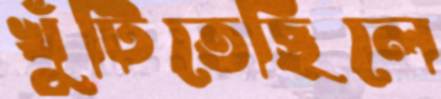
খুঁটিতেছিলে